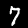
Digit: 7